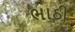
ભાઠી